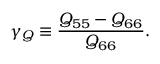
\gamma _ { Q } \equiv \frac { Q _ { 5 5 } - Q _ { 6 6 } } { Q _ { 6 6 } } .